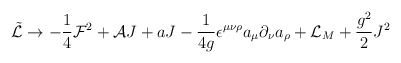
\begin{align*}\tilde{{\cal L}}\rightarrow-\frac{1}{4}{\cal F}^2+{\cal A}J+aJ-\frac{1}{4g}\epsilon^{\mu\nu\rho}a_\mu\partial_\nu a_\rho + {\cal L}_M +\frac{g^2}{2} J^2\end{align*}